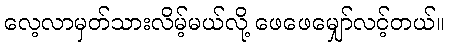
လေ့လာမှတ်သားလိမ့်မယ်လို့ ဖေဖေမျှော်လင့်တယ်။